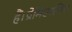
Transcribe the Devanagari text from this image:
हैं।प्रेमिएरशिप